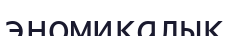
эномикалық